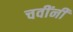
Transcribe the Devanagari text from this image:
चवींनी